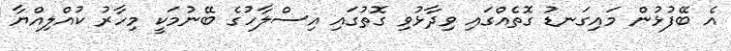
އެ ބޭފުޅުން މައިގަނޑު ގޮތެއްގައި ވިދާޅުވި ގޮތުގައި އިސްލާހުގެ ބޭނުމަކީ މިހާރު ކުއްލިއްޔާ